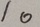
1 0